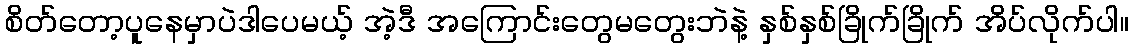
စိတ်တော့ပူနေမှာပဲဒါပေမယ့် အဲ့ဒီ အကြောင်းတွေမတွေးဘဲနဲ့ နှစ်နှစ်ခြိုက်ခြိုက် အိပ်လိုက်ပါ။